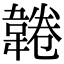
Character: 𩎸